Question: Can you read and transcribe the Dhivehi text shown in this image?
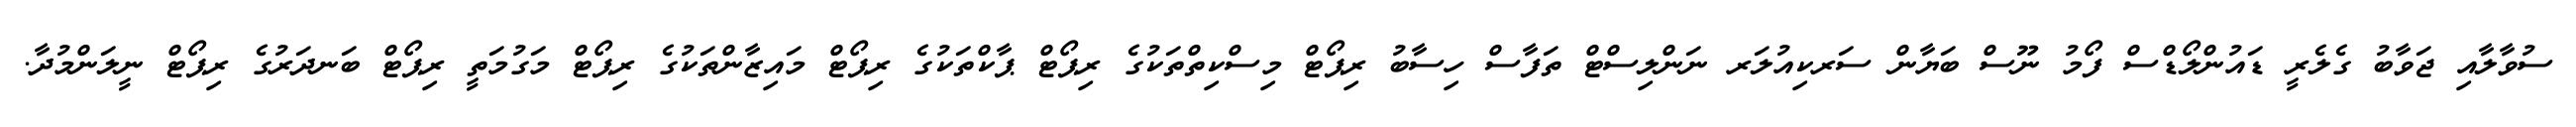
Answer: ސުވާލާއި ޖަވާބު ގެލެރީ ޑައުންލޯޑްސް ފޯމު ނޫސް ބަޔާން ސަރކިއުލަރ ނަންލިސްޓް ތަފާސް ހިސާބު ރިޕޯޓް މިސްކިތްތަކުގެ ރިޕޯޓް ޕާކްތަކުގެ ރިޕޯޓް މައިޒާންތަކުގެ ރިޕޯޓް މަގުމަތީ ރިޕޯޓް ބަނދަރުގެ ރިޕޯޓް ނީލަންމުދާ.